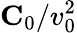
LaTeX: {\mathbf C}_{0}/v_{0}^{2}